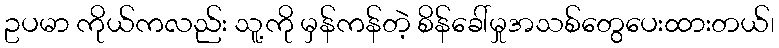
ဥပမာ ကိုယ်ကလည်း သူ့ကို မှန်ကန်တဲ့ စိန်ခေါ်မှုအသစ်တွေပေးထားတယ်၊